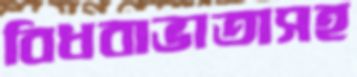
বিধবাভাতাসহ